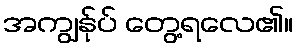
အကျွန်ုပ် တွေ့ရလေ၏။